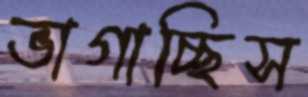
ভাগাচ্ছিস